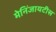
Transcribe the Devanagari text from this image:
मेनिंजायटीस